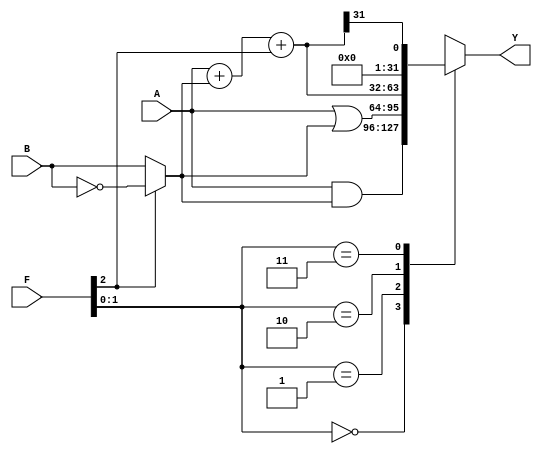
`timescale 1ns / 1ps

module alu32(	input [31:0] A, B, input [2:0] F, 
					output reg [31:0] Y);
	
	wire [31:0] S, Bout;
	
	assign Bout = F[2] ? ~B : B;
	assign S = A + Bout + F[2];

	always @ ( * )
		case (F[1:0])
			2'b00: Y <= A & Bout;
			2'b01: Y <= A | Bout;
			2'b10: Y <= S;
			2'b11: Y <= S[31];
		endcase
	
//	assign Zero = (Y == 32'b0);
//	assign Overflow =  A[31]& Bout[31] & ~Y[31] |
//							~A[31] & ~Bout[31] & Y[31];

endmodule